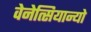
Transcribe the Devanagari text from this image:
वेनेत्सियान्यो